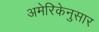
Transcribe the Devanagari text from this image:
अमेरिकेनुसार